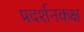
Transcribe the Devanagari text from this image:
प्रदर्शनकक्ष